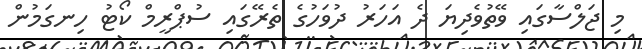
މި ޖަލްސާގައި ވޭތުވެދިޔަ ދެ އަހަރު ދުވަހުގެ ތެރޭގައި ސުޕްރީމް ކޯޓު ހިނގަމުން